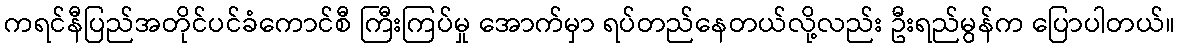
ကရင်နီပြည်အတိုင်ပင်ခံကောင်စီ ကြီးကြပ်မှု အောက်မှာ ရပ်တည်နေတယ်လို့လည်း ဦးရည်မွန်က ပြောပါတယ်။